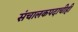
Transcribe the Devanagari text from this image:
संचालकपदाचीही